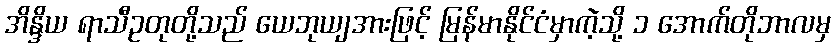
အိန္ဒိယ ရာသီဥတုတို့သည် ယေဘုယျအားဖြင့် မြန်မာနိုင်ငံမှာကဲ့သို့ ၁ အောက်တိုဘာလမှ